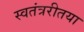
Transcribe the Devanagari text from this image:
स्वतंत्ररीतया